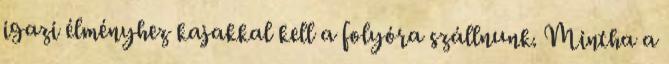
igazi élményhez kajakkal kell a folyóra szállnunk. Mintha a